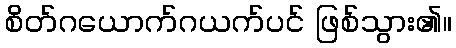
စိတ်ဂယောက်ဂယက်ပင် ဖြစ်သွား၏။